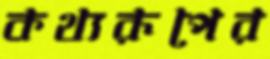
কথ্যরূপের